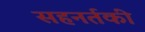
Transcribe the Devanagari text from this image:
सहनर्तकी